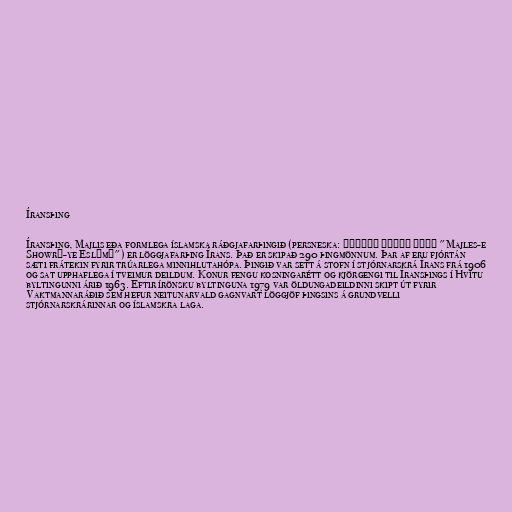
Íransþing

Íransþing, Majlis eða formlega íslamska ráðgjafarþingið (persneska: مجلس شورای اسلامی‎‎ "Majles-e
Showrā-ye Eslāmī") er löggjafarþing Írans. Það er skipað 290 þingmönnum. Þar af eru fjórtán
sæti frátekin fyrir trúarlega minnihlutahópa. Þingið var sett á stofn í stjórnarskrá Írans frá 1906
og sat upphaflega í tveimur deildum. Konur fengu kosningarétt og kjörgengi til Íransþings í Hvítu
byltingunni árið 1963. Eftir írönsku byltinguna 1979 var öldungadeildinni skipt út fyrir
Vaktmannaráðið sem hefur neitunarvald gagnvart löggjöf þingsins á grundvelli
stjórnarskrárinnar og íslamskra laga.